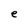
Character: e